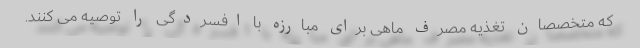
که متخصصان تغذیه مصرف ماهی برای مبارزه با افسردگی را توصیه می کنند.